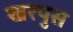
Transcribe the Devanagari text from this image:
खरपुस